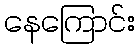
နေကြောင်း